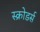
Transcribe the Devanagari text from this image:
स्क्रोडर्स